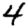
Digit: 4